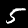
Digit: 5